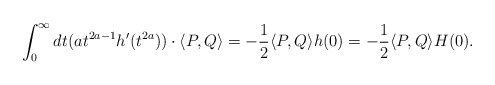
\begin{align*}\int_{0}^\infty dt (at^{2a-1} h'(t^{2a})) \cdot \langle P, Q \rangle= - \frac{1}{2} \langle P, Q \rangle h(0) = -\frac{1}{2} \langle P, Q \rangle H(0). \end{align*}